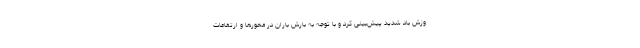
وزش باد شدید پیش‌بینی کرد و با توجه به بارش باران در محورها و ارتفاعات